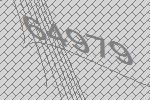
64979